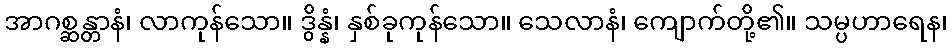
အာဂစ္ဆန္တာနံ၊ လာကုန်သော။ ဒွိန္နံ၊ နှစ်ခုကုန်သော။ သေလာနံ၊ ကျောက်တို့၏။ သမ္ပဟာရေန၊